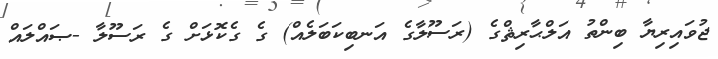
ޖުވައިރިޔާ ބިންތު އަލްޙާރިޘްގެ (ރަސޫލާގެ އަނބިކަބަލެއް) ގެ ގެކޮޅަށް ގެ ރަސޫލާ -ޞައްލައް